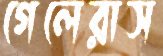
গেলেরাস